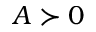
A \succ 0